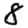
Digit: 8